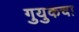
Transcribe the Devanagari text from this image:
गुयुकचा